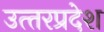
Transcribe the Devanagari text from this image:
उत्‍तरप्रदेश